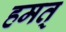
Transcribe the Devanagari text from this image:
हमत्